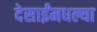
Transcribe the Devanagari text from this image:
देसाईंमधल्या